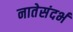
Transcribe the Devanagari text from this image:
नातेसंदर्भ